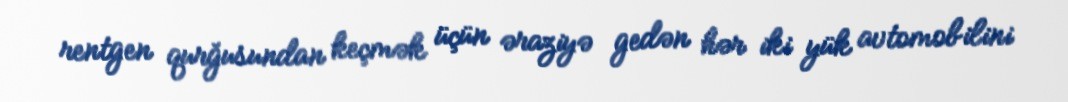
rentgen qurğusundan keçmək üçün əraziyə gedən hər iki yük avtomobilini